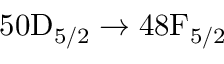
5 0 \mathrm { D } _ { 5 / 2 } \to 4 8 \mathrm { F } _ { 5 / 2 }